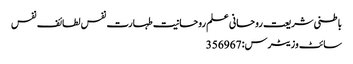
باطنی شریعت روحانی علم روحانیت طہارت نفس لطائف نفس
سائٹ وزیٹرس: 356967